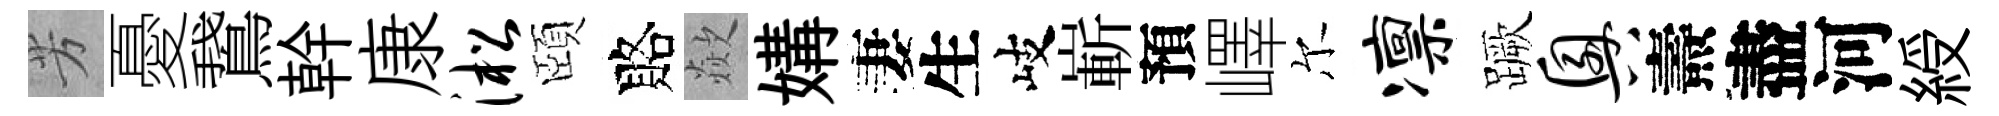
芳憂鵞幹康淞頤賂歘媾妻生岐嶄預嶧尔凛蹶兴燾盡河綬